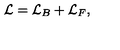
{ \cal L } = { \cal L } _ { B } + { \cal L } _ { F } ,